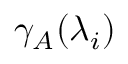
\gamma _ { A } ( \lambda _ { i } )